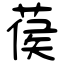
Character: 葔